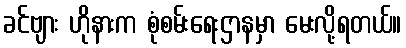
ခင်ဗျား ဟိုနားက စုံစမ်းရေးဌာနမှာ မေးလို့ရတယ်။